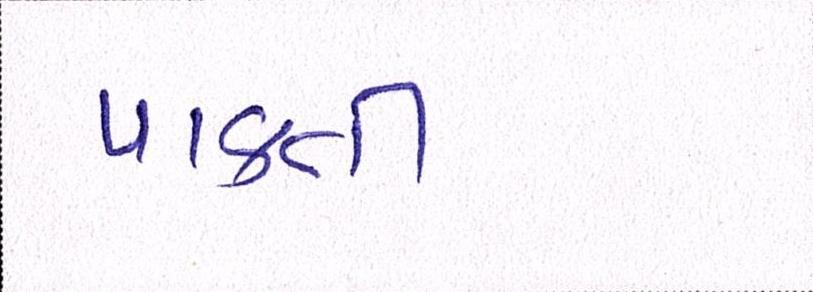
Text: પાકતી